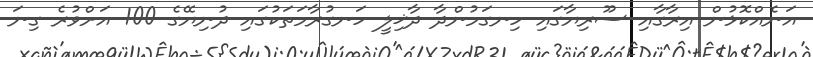
އަނެއްކޮޅުން އިރާގާއި ސޫރިޔާގައި ހިނގަމުންދާ ދާޚިލީ ހަނގުރާމަތަކުގައި ދުނިޔޭގެ 100 އަށްވުރެ ގިނަ